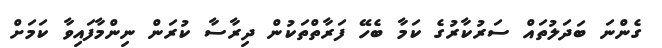
ގެންނަ ބަދަލުތައް ސަރުކާރުގެ ކަމާ ބެހޭ ފަރާތްތަކުން ދިރާސާ ކުރަން ނިންމާފައިވާ ކަމަށް